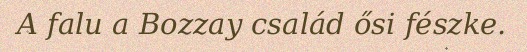
A falu a Bozzay család ősi fészke.